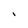
Character: l